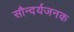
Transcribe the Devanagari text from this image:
सौन्दर्यजनक